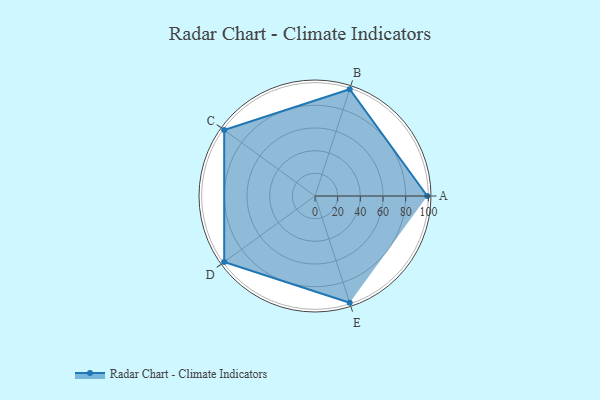
{"axis": {"x": "Skill", "y": "Score"}, "legend": ["Profile"], "data": [{"x": "A", "y": 99, "type": "Profile"}, {"x": "B", "y": 99, "type": "Profile"}, {"x": "C", "y": 99, "type": "Profile"}, {"x": "D", "y": 99, "type": "Profile"}, {"x": "E", "y": 99, "type": "Profile"}]}